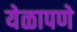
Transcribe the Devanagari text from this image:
येळापणे